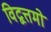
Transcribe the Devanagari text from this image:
विद्वत्तमो